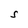
Character: S